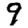
Digit: 9